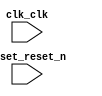

module memory (
	clk_clk,
	reset_reset_n);	

	input		clk_clk;
	input		reset_reset_n;
endmodule